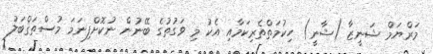
މަރްޔަމް ޝަނީޒާ (ޝާނީ) ހިކުމަތްތެރިކަމާއި އެކު މި ވަގުތުގެ ބޭނުން ނުކޮށްފިނަމަ މުސްތަޤްބަލު